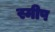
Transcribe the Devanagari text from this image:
स्मीप